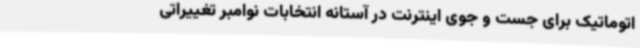
اتوماتیک برای جست و جوی اینترنت در آستانه انتخابات نوامبر تغییراتی